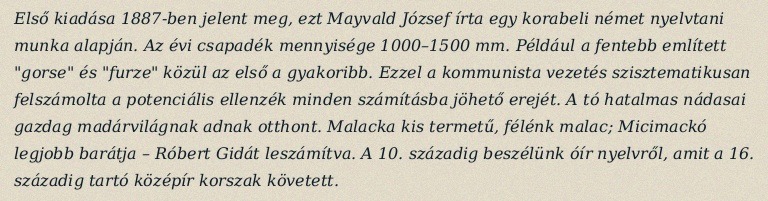
Első kiadása 1887-ben jelent meg, ezt Mayvald József írta egy korabeli német nyelvtani munka alapján. Az évi csapadék mennyisége 1000–1500 mm. Például a fentebb említett "gorse" és "furze" közül az első a gyakoribb. Ezzel a kommunista vezetés szisztematikusan felszámolta a potenciális ellenzék minden számításba jöhető erejét. A tó hatalmas nádasai gazdag madárvilágnak adnak otthont. Malacka kis termetű, félénk malac; Micimackó legjobb barátja – Róbert Gidát leszámítva. A 10. századig beszélünk óír nyelvről, amit a 16. századig tartó középír korszak követett.